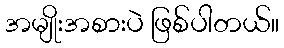
အမျိုးအစားပဲ ဖြစ်ပါတယ်။